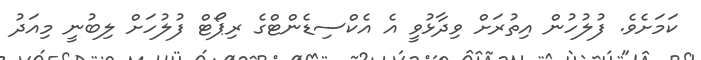
ކަމަށެވެ. ފުލުހުން އިތުރަށް ވިދާޅުވީ އެ އެކްސިޑެންޓްގެ ރިޕޯޓް ފުލުހަށް ލިބުނީ މިއަދު